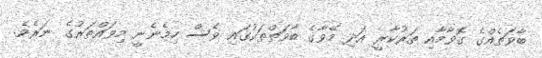
ބާވަތެއްގެ ގޮވާމާއި ތަރުކާރީ އަދި މޭވާގެ ބާވަތްތަކުގައި ވެސް ހިމެނެނީ މިވައްތަރުގެ ނަރެވެ.